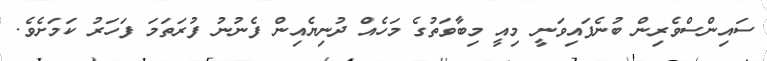
ސައިންސްވެރިން ބުނެފައިވަނީ މިއީ މިބާވަތުގެ މަހެއް ދުނިޔެއިން ފެނުނު ފުރަތަމަ ފަހަރު ކަމަށެވެ.